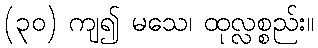
(၃၀) ကျ၍ မသေ၊ ထုလ္လစ္စည်း။